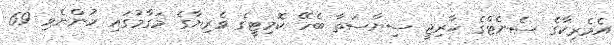
އެމެރިކާގެ ސެނެޓްގެ ޚާރިޖީ ސިޔާސަތާ ބެހޭ ކޮމިޓީގެ ވެރިޔާގެ މަގާމުގައި ހުންނެވި 69